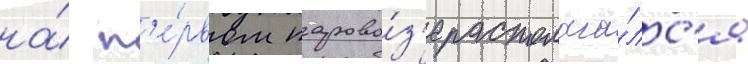
на́ п'е́рвом парово́з'е располага́лс'я